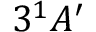
3 ^ { 1 } A _ { } ^ { \prime }